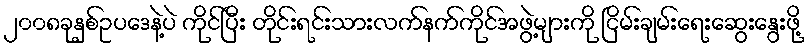
၂၀၀၈ခုနှစ်ဥပဒေနဲ့ပဲ ကိုင်ပြီး တိုင်းရင်းသားလက်နက်ကိုင်အဖွဲ့များကို ငြိမ်းချမ်းရေးဆွေးနွေးဖို့